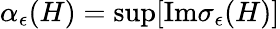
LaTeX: \alpha_{\epsilon}(H)=\mathrm{sup}[\mathrm{Im}\sigma_{\epsilon}(H)]